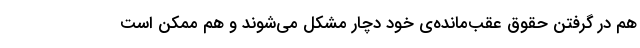
هم در گرفتنِ حقوق عقب‌مانده‌ی خود دچار مشکل می‌شوند و هم ممکن است